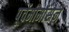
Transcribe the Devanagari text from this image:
पूर्वमीमांसेने